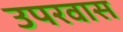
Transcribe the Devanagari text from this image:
उपरवास